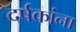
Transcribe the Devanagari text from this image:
दर्षकांना